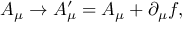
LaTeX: A _ { \mu } \rightarrow A _ { \mu } ^ { \prime } = A _ { \mu } + \partial _ { \mu } f ,